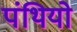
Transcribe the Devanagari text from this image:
पंथियो